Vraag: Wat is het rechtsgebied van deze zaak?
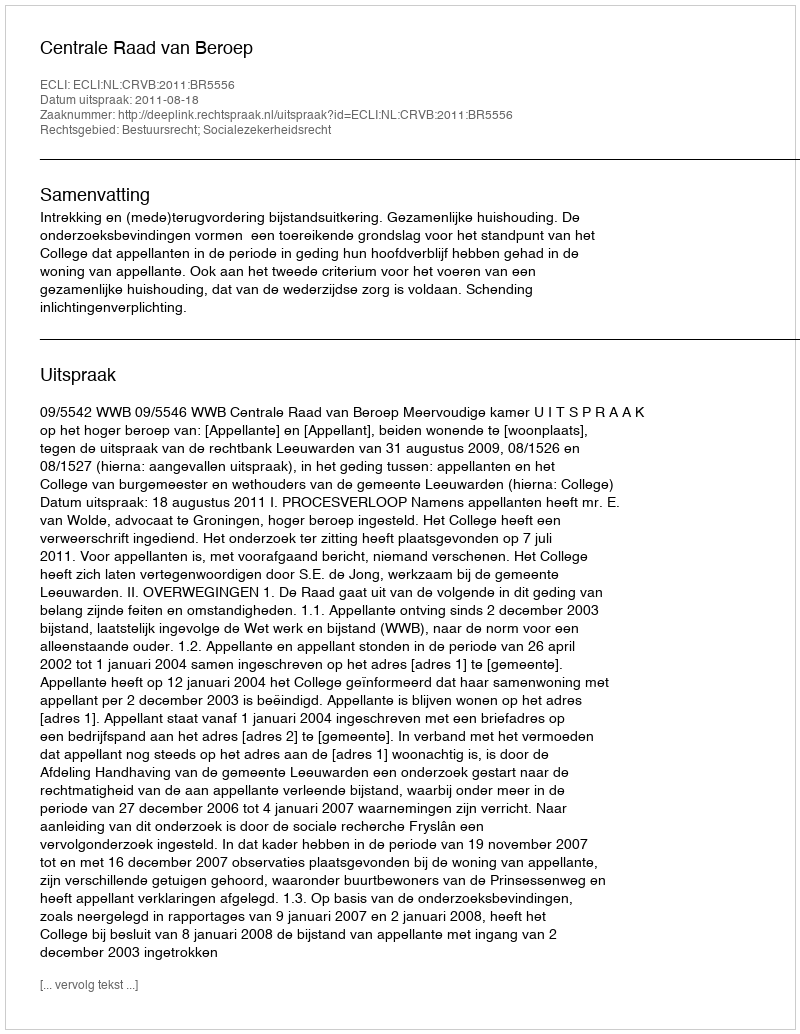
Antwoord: Bestuursrecht; Socialezekerheidsrecht